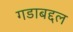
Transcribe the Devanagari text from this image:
गडाबद्दल